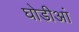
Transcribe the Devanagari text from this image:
घोडीआं